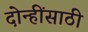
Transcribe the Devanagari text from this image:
दोन्हींसाठी